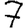
Digit: 7